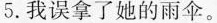
5.我误拿了她的雨伞。